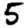
Digit: 5